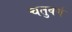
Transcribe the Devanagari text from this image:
चतुवर्ग